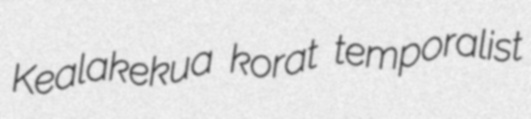
Kealakekua korat temporalist